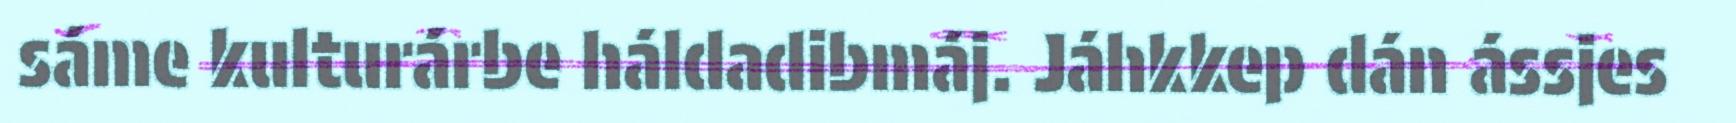
sáme kulturárbe háldadibmáj. Jáhkkep dán ássjes